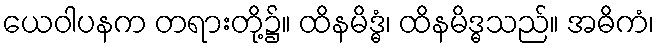
ယေဝါပနက တရားတို့၌။ ထိနမိဒ္ဓံ၊ ထိနမိဒ္ဓသည်။ အဓိကံ၊